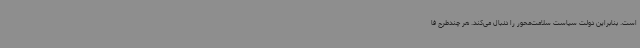
است. بنابراین دولت سیاست سلامت‌محور را دنبال می‌کند. هر چندطرح فا